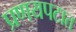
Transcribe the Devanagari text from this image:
प्रणयपटात